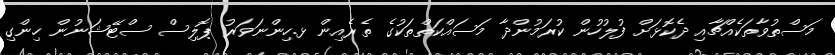
މަސްތުވާތަކެއްޗާއި ދެކޮޅަށް ފުލުހުން ކުރަމުންދާ މަސައްކަތްތަކުގެ ތެރެއިން ޅ.ހިންނަވަރު ޕޮލިސް ސްޓޭޝަނުން ހިންގި